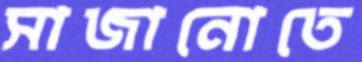
সাজানোতে